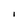
Character: I